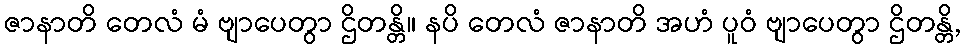
ဇာနာတိ တေလံ မံ ဗျာပေတွာ ဌိတန္တိ။ နပိ တေလံ ဇာနာတိ အဟံ ပူဝံ ဗျာပေတွာ ဌိတန္တိ,